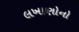
લખાણોનો